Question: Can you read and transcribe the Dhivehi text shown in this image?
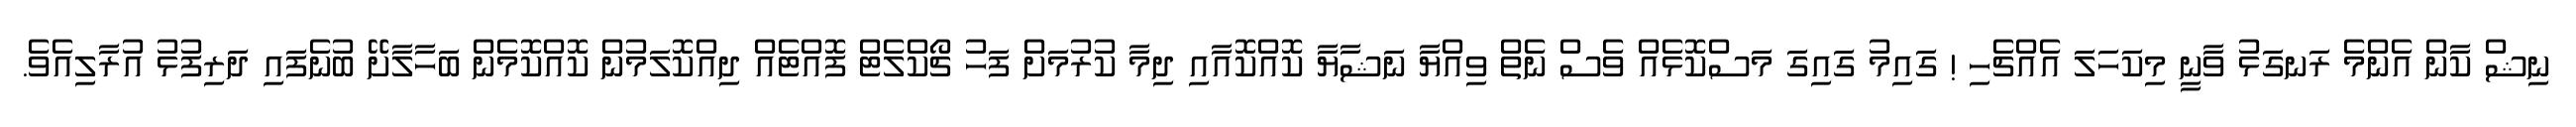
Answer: ނިޝް ކާން އެންމެ ރަނގަޅު ވާނީ މިކަހަލަ އެއްޗެހި ! ގައިމު ގައިގަ މަސްކޮޅެއް ވެސް ނެތް ވިއްޔާ ނަޝާޔާ ކޮއްކޮއާއި ދިމާ ކުރުމަށް ފަހު ޗޯކްލެޓް ފޮއްޓެއް ދިއްކޮލަމުން ކޮއްކޮމެން ބަހާލާށޭ ބުނެފައި ދަރިފުޅު އުރާލިއެވެ.